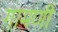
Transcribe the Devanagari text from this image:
गामणी